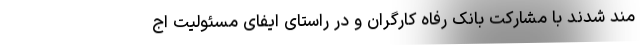
مند شدند با مشارکت بانک رفاه کارگران و در راستای ایفای مسئولیت اج